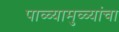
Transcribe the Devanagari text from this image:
पाळ्यामुळ्यांचा